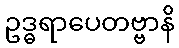
ဥဒ္ဓရာပေတဗ္ဗာနိ